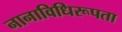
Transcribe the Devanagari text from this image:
नानाविधिरूपता